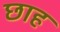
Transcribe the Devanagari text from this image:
छाह